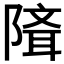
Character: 𨻕